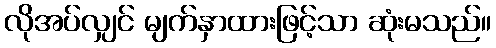
လိုအပ်လျှင် မျက်နှာထားဖြင့်သာ ဆုံးမသည်။